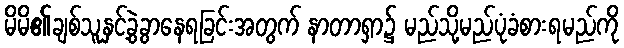
မိမိ၏ချစ်သူနှင့်ခွဲခွာနေရခြင်းအတွက် နာတာရှာ၌ မည်သို့မည်ပုံခံစားရမည်ကို